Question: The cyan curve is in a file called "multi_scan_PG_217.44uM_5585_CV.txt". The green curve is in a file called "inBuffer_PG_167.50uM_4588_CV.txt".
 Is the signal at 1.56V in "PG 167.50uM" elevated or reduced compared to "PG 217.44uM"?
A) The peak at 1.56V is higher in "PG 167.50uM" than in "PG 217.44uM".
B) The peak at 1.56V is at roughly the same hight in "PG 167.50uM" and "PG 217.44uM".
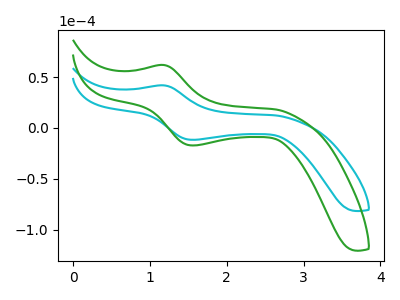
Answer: <think>The cyan curve "PG 217.44uM" has an anodic peak at (1.20V, 41.85uA) and a cathodic peak at (1.55V, -11.60uA). The green curve "PG 167.50uM" has an anodic peak at (1.20V, 61.85uA) and a cathodic peak at (1.55V, -17.15uA).</think>
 <answer>A) The peak at 1.56V is higher in "PG 167.50uM" than in "PG 217.44uM".</answer>
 <eval>A</eval>